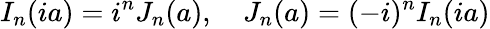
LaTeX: I_{n}(ia)=i^{n}J_{n}(a),\quad J_{n}(a)=(-i)^{n}I_{n}(ia)